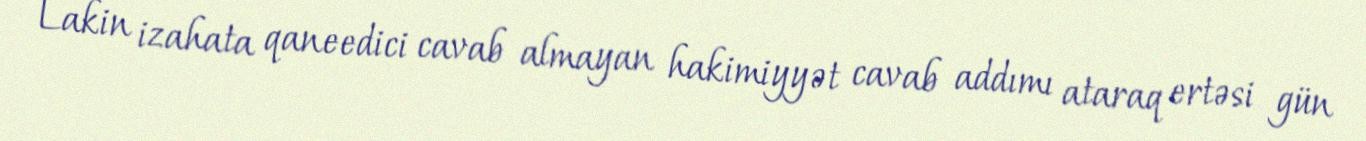
Lakin izahata qaneedici cavab almayan hakimiyyət cavab addımı ataraq ertəsi gün